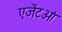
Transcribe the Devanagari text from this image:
एजेंटओं